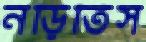
নড়িতিস